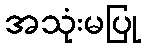
အသုံးမပြု